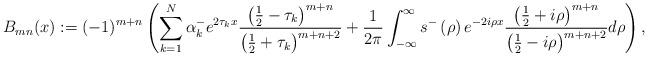
LaTeX: \begin{align*}B_{mn}(x):=(-1)^{m+n}\left( \sum_{k=1}^{N}\alpha_{k}^{-}e^{2\tau_{k}x}\frac{\left( \frac{1}{2}-\tau_{k}\right) ^{m+n}}{\left( \frac{1}{2}+\tau_{k}\right) ^{m+n+2}}+\frac{1}{2\pi}\int_{-\infty}^{\infty}s^{-}\left(\rho\right) e^{-2i\rho x}\frac{\left( \frac{1}{2}+i\rho\right) ^{m+n}}{\left( \frac{1}{2}-i\rho\right) ^{m+n+2}}d\rho\right) , \end{align*}